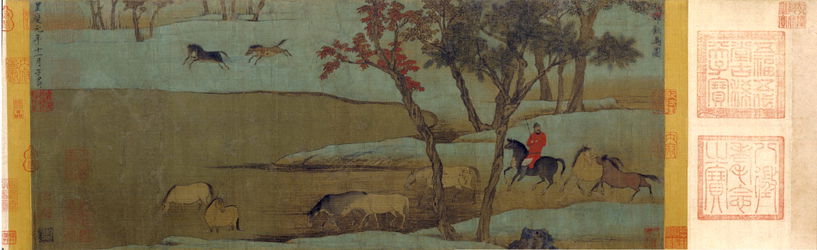
提出西方白帝惊，嗷嗷鬼母秋郊哭。